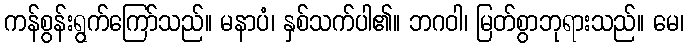
ကန်စွန်းရွက်ကြော်သည်။ မနာပံ၊ နှစ်သက်ပါ၏။ ဘဂဝါ၊ မြတ်စွာဘုရားသည်။ မေ၊